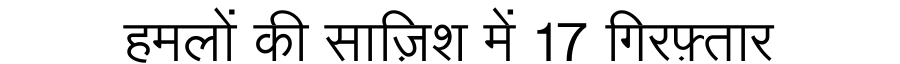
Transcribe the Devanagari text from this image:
हमलों की साज़िश में 17 गिरफ़्तार